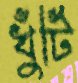
খুঁটি